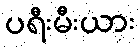
ပရီးမီးယား